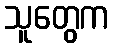
သူတွေက